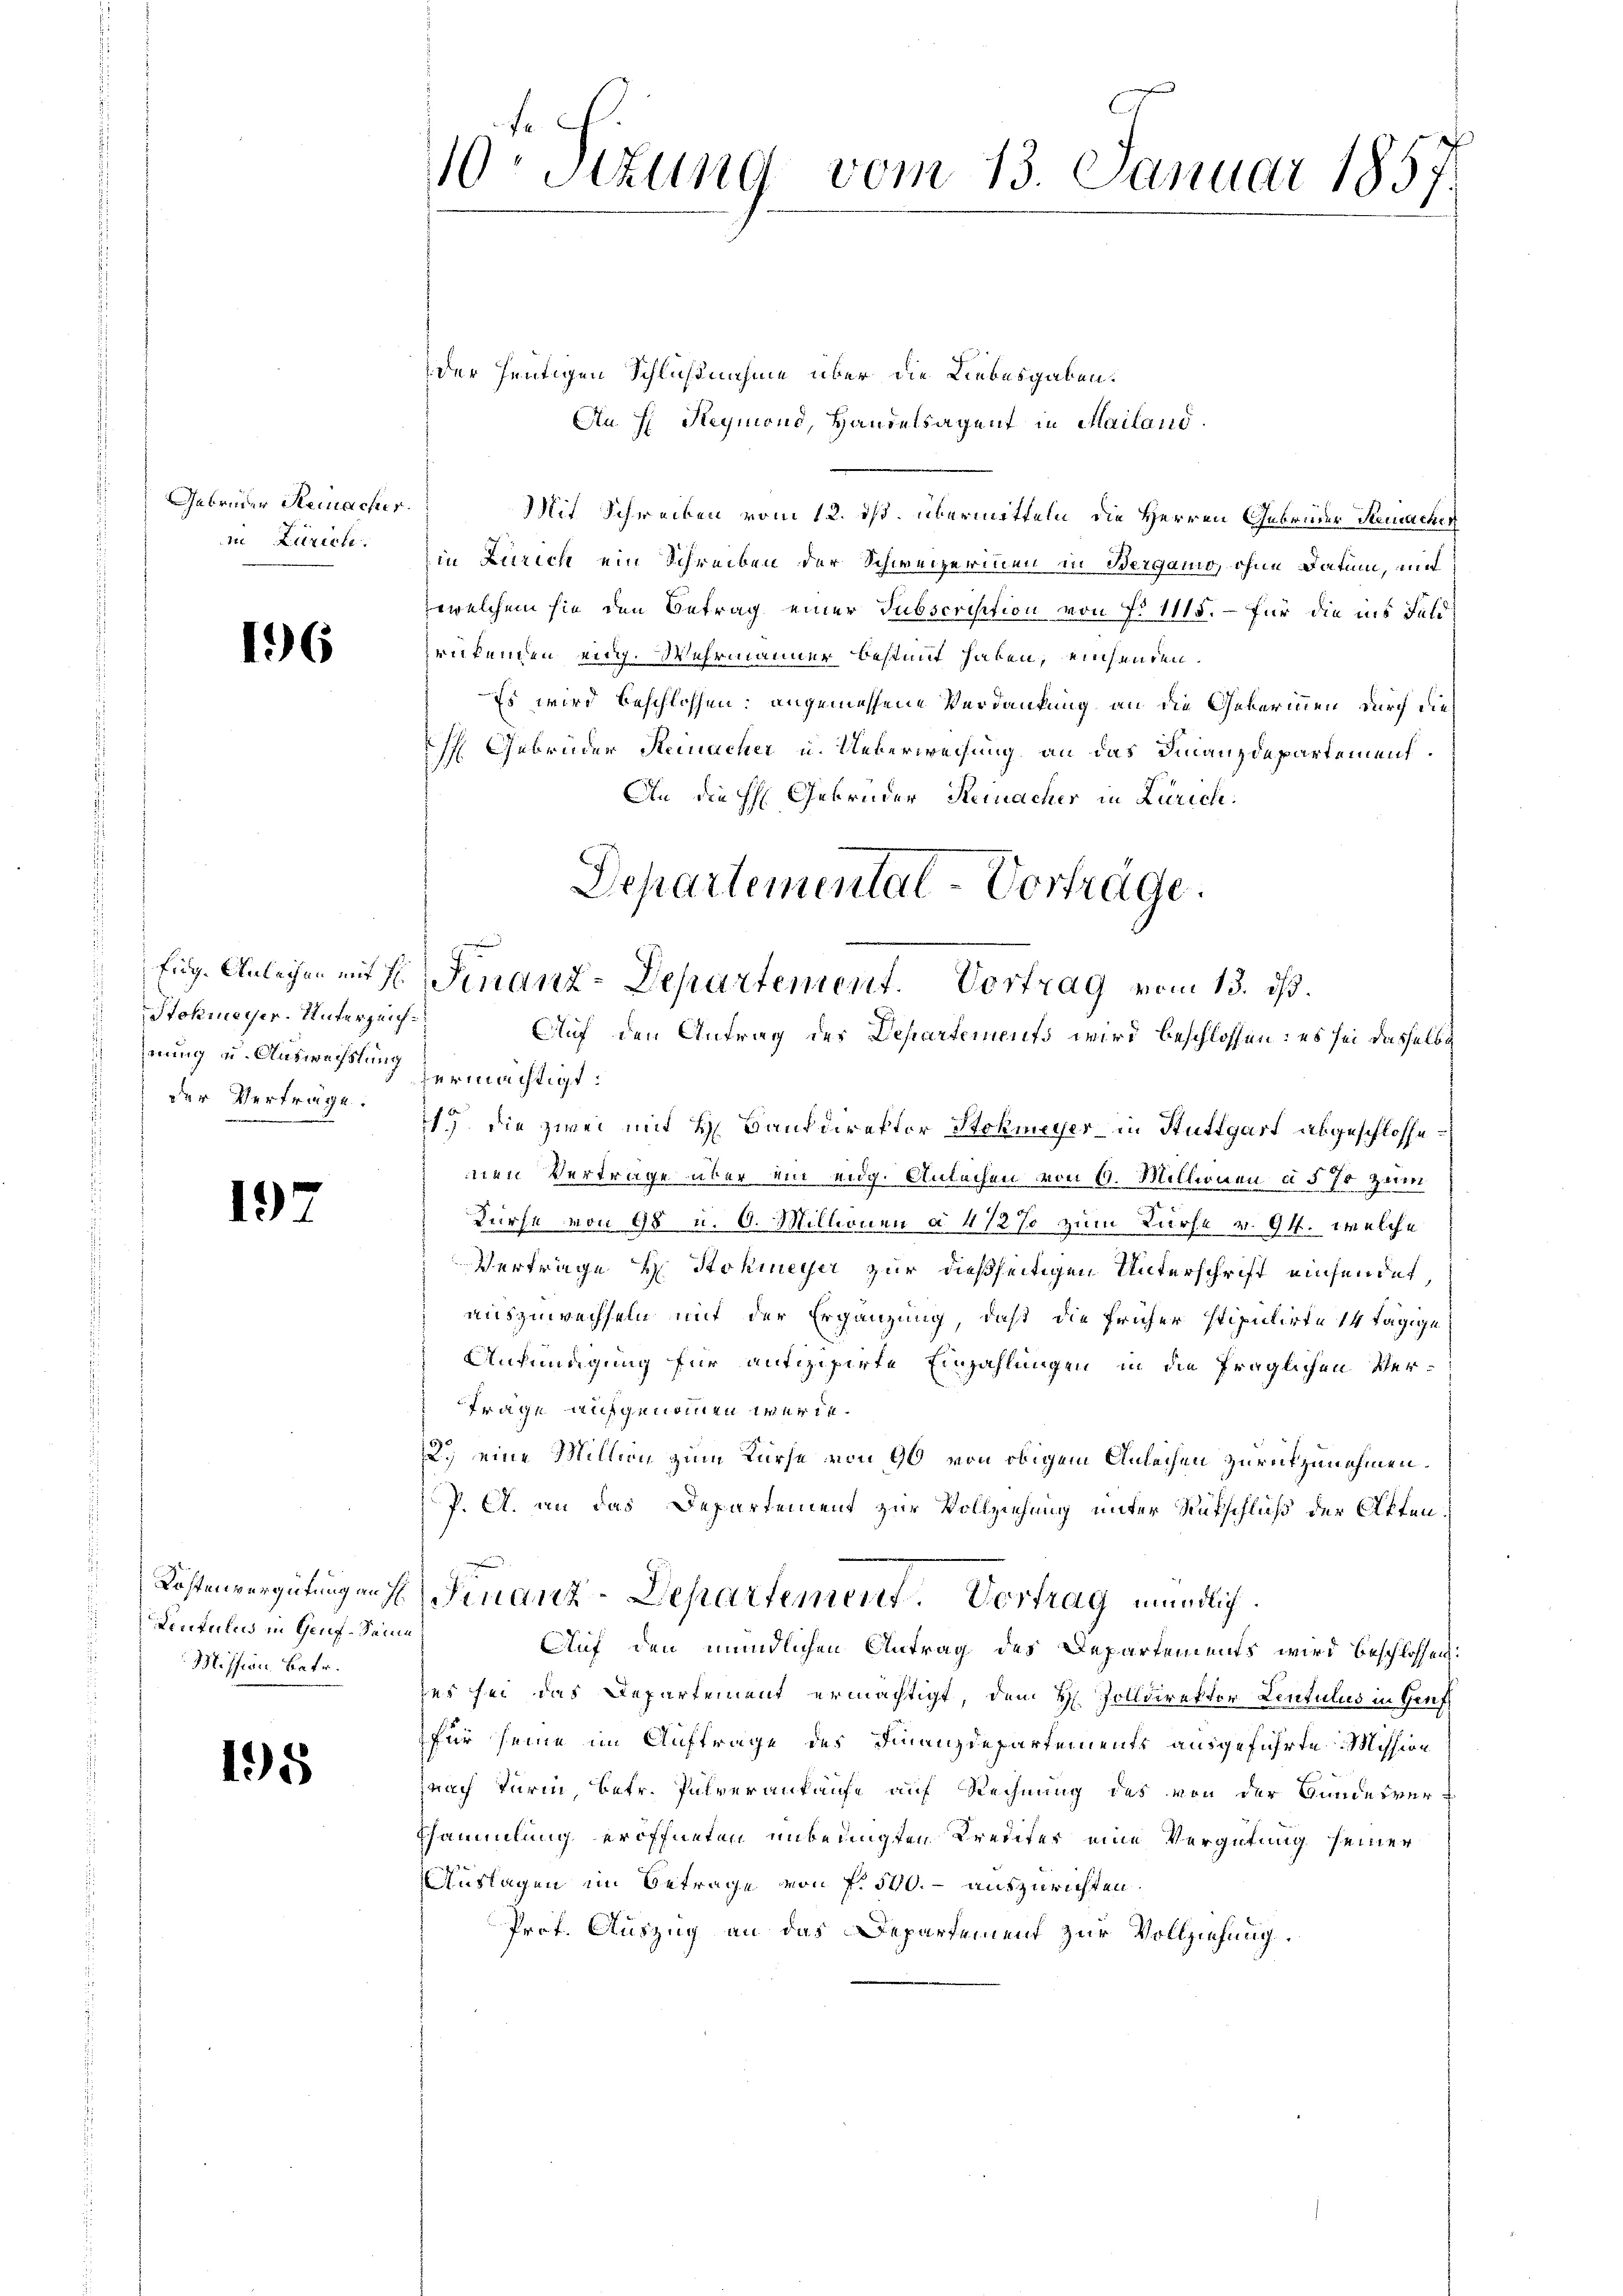
Gebrüder Remacher.
in Zürich.

16

Stokmeyer. Unterzeichhnung u. Auswechslung
der Verträge.

197

Lentulus in Genf-Samme
Mission Betr.

198

10. Sitzung vom 13. Januar 1857.

Departemental-Vortrage.
Eug. Anleihen mit s. Finanz-Departement. Vortrag vom 13. ds.
Auf den Antrag des Departements wird beschlossen: es sei dasselbe

der heutigen Schlußnahme über die Liebesgaben.
Au H: Requond, Handelsagent in Mailand.
Mit Schreiben vom 12. ds. übermitteln, die Herren Gebrüder Remachen
in Zürich ein Schreiben der Schweizerinen in Berganio, ohne Datum, mit
ewelchem sie den Betrag einer Subscrisition von No 1115. – für die ins Feldrükenden eidg. Wahrmänner bestimmt haben, einsenden.
Es wird beschlossen, angemessene Verdankung an die Geberinnen durch die
Gebrüder Steinacher u. Ueberweisung an das Finanzdepartement.
An die H: Gebrüder Remacher in Zürich.
ermächtigt:
17 die zwei mit H. Bankdirektor Stokmeyer in Stuttgart abgeschlossemnen Vertrage über ein eidg. Anlachen von 6. Millionen §§ 70 zum
Durse von 98 u. 6. Millionen à 4 1/2% zum Kurse v. 94. welche
Vertrage H. Stohmeyer zur dießseitigen Unterschrift einsendet,
auszuwechseln mit der Ergänzung, daß die früher stipulirte 14 tägige
Anfündigung für antizipirte Einzahlungen, in die fraglichen Ver¬
Frage aufgenommen werde.
2.) eine Million zum Kurse von 90 von obigem Anleihen zurückzunehmen.
P. A. an das Departement zur Vollziehung unter Rükschluß der Offen¬
Kostenvergütungen f. Finanz-Departement. Vortrag mündlich.
Auf den mündlichen Antrag des Departements wird beschlossen:
zes sei das Departement ermächtigt, dem H. Zolldirektor Lintulus in Genf
für seine im Auftrage des Finanzdepartements ausgeführte Mission
pnach Turin, betr. Pulverankaufe auf Rechnung des von der Bundesver-
Sammlung eröffneten unbedingten Kredites eine Vergütung seiner
Auslagen im Betrage von f. 540.- auszurichten.
Prof. Auszug an das Departement zur Vollziehung.